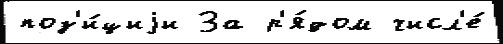
поз'и́циjи За р'я́дом числ'е́